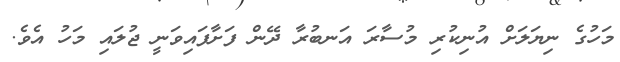
މަހުގެ ނިޔަލަށް އުނިކުރި މުސާރަ އަނބުރާ ދޭން ފަށާފައިވަނީ ޖުލައި މަހު އެވެ.